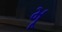
મૂ